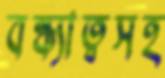
বন্ধ্যাত্বসহ